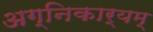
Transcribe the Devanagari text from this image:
अग्निकार्यम्